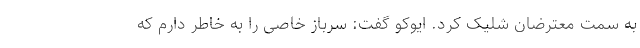
به سمت معترضان شلیک کرد. ایوکو گفت: سرباز خاصی را به خاطر دارم که